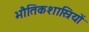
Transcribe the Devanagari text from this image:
भौतिकशास्रियों